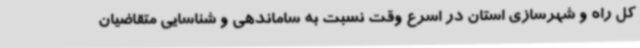
کل راه و شهرسازی استان در اسرع وقت نسبت به ساماندهی و شناسایی متقاضیان